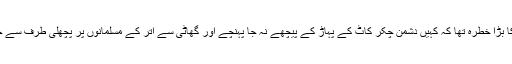
مگر اس بات کا بڑا خطرہ تھا کہ کہیں دشمن چکر کاٹ کے پہاڑ کے پیچھے نہ جا پہنچے اور گھاٹی سے اتر کے مسلمانوں پر پچھلی طرف سے حملہ نہ کردیں۔